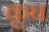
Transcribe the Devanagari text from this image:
कुघ